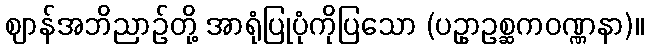
ဈာန်အဘိညာဉ်တို့ အာရုံပြုပုံကိုပြသော (ပဥှာဥစ္ဆကဝဏ္ဏနာ)။